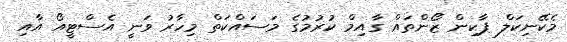
މެކޭނިކަލް ޕާކިން ޒޯންތައް ގާއިމް ކުރުމުގެ މަސައްކަތް މިހާރު ވަނީ އެސްޓީއޯ އާއި